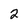
Character: 2